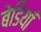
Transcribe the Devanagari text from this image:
बेडियाँ